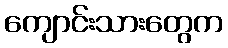
ကျောင်းသားတွေက